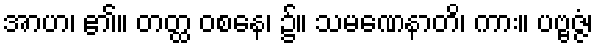
အာဟ၊ ၏။ တတ္ထ ဝစနေ၊ ၌။ သမဏေနာတိ၊ ကား။ ပဗ္ဗဇ္ဇံ၊